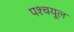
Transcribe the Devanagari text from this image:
पश्‍चयूल